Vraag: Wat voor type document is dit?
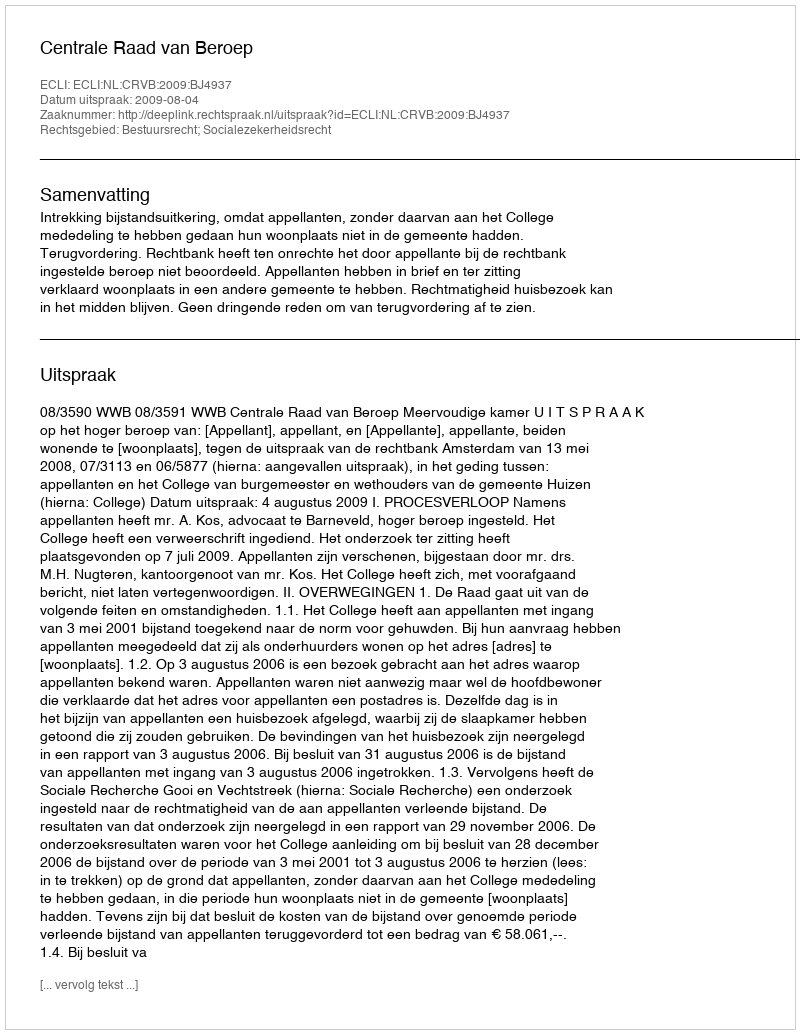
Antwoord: Uitspraak